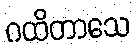
ဂထိတာသေ